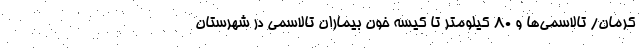
کرمان/ تالاسمی‌ها و ۸۰ کیلومتر تا کیسه خون بیماران تالاسمی در شهرستان